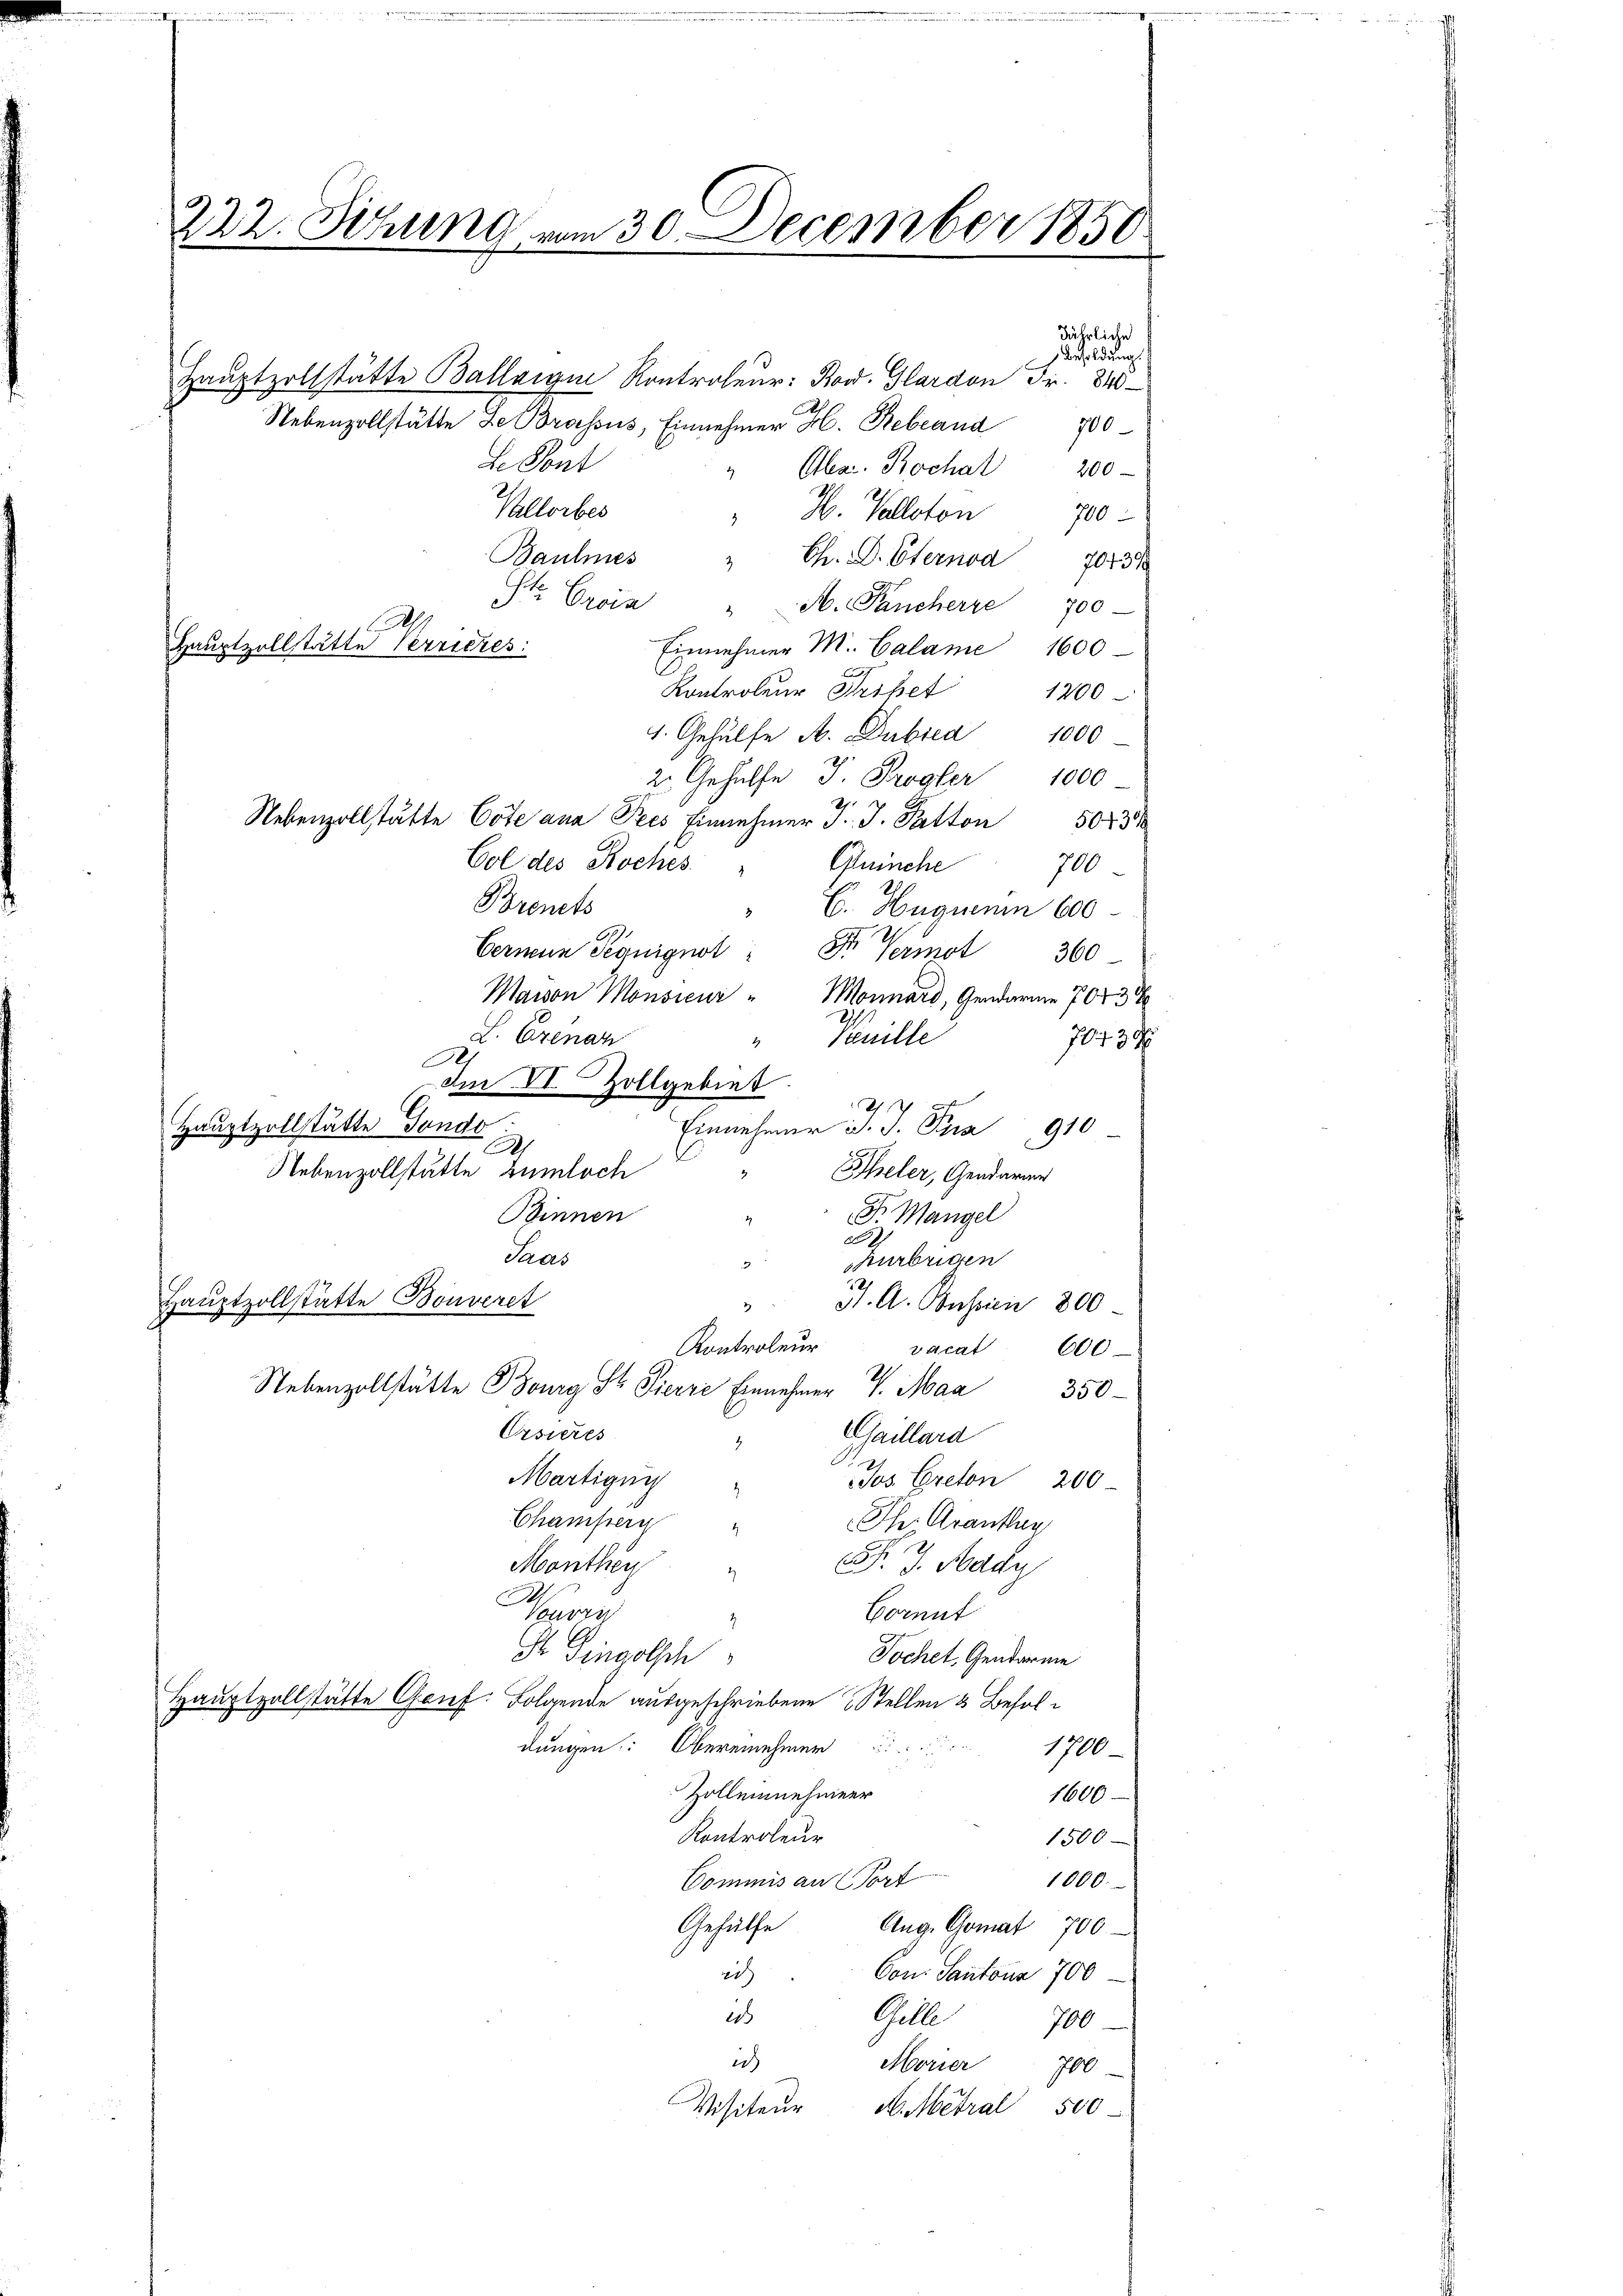
222. Sitzung vom 30. December 1850.

Hauptzollstätte Ballain Kontroleur: Kov. Glardon Fr. 840
Nebenzollstätte der Brosius, Einnehmer H. Rebeana
700
de Pont
" Aber Bochal 200
Kllorbes
 H. Valloton
700
Baulines " Ch. D. Sternod 7043/
Ste Crois " M. Pancherre 700
.
Hauptzollstätte Verrieres:
Einnehmer M. Calame 1600
Kontroleur Sichet
1200
4. Gehülfe A. Dubica 1000
2. Gehülfe J. Progler 1000
2.
Nebenzollstätte Cote ana Pees Einnehmer J. J. Patton 50 f 3
Col des Koches
Gluinche
700
Brinets
 C. Hugmenen 600.
Eernen Peguignot St. Vermot 360
Maion Monsieur "Monnard, Gendarme 7073 d
L. Grenan
Vanille
2)
70739
1
Im VI. Zollgebiet
d
Hauptzollstätte Fondo
Einnehmer d. J. Pra 910
Ah
Nebenzollstätte zumloch
2
Eheler, Gendarme
Binnen
Fr Mangel
e
Saas
hurbrigen
2
2
Hauptzollstätte Bouveret
St. A. Bussien 800
Kontroleur
vacat 600
Nebenzollstätte Bourg St. Fierze Einnehmer v. Maa
350
Ersieres
Chaillard
4
Martigun
Jos. Creton 200
Champern
Ih. Granklag
F. J. Nagy
Monthey
Waren
Bornt
2
Dr Dingelsch
Jochet, Gendarme
Hauptzollstätte Grief. Folgende ausgeschriebene Stellen 3 Besoldungen: Obereinehmer
1700
Zollennehmeer
1600
Kontroleur
1500
1000.
Dommnis an Tort
Gehülfe
Aug. Gomat 700
Con Santana 700
2
e
Gelle
700
ich
Morier 700.
Visiteur M. Metral 500

jährliche
Besoldung.